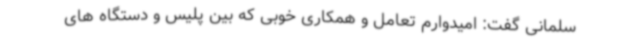
سلمانی گفت: امیدوارم تعامل و همکاری خوبی که بین پلیس و دستگاه های